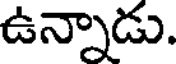
ఉన్నాడు.